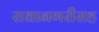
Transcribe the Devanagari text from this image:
राधानगरीसह